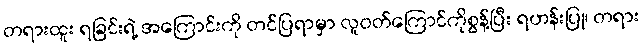
တရားထူး ရခြင်းရဲ့ အကြောင်းကို တင်ပြရာမှာ လူဝတ်ကြောင်ကိုစွန့်ပြီး ရဟန်းပြု၊ တရား